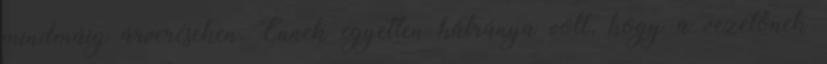
mindmáig árveréseken. Ennek egyetlen hátránya volt, hogy a vezetőnek